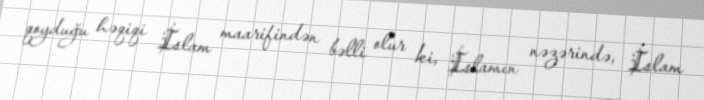
qoyduğu həqiqi İslam maarifindən bəlli olur ki, İslamın nəzərində, İslam